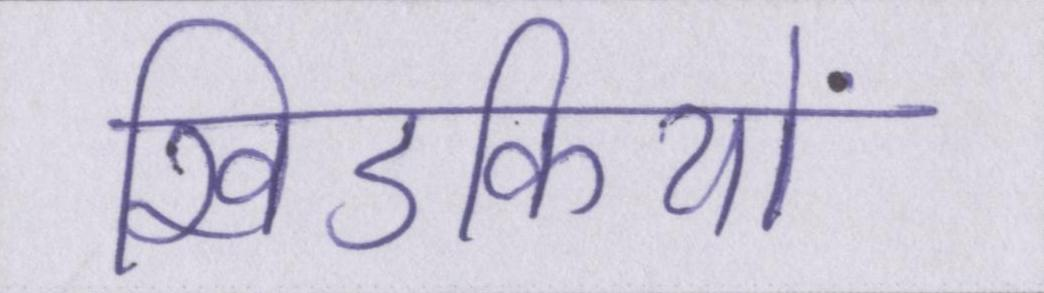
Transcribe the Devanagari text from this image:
खिडकियों